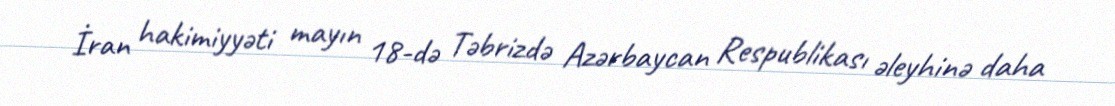
İran hakimiyyəti mayın 18-də Təbrizdə Azərbaycan Respublikası əleyhinə daha